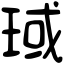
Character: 琙